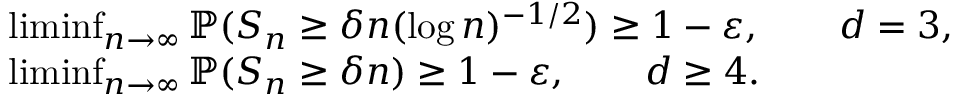
\begin{array} { r l } & { \operatorname* { l i m i n f } _ { n \to \infty } \operatorname { \mathbb { P } } ( S _ { n } \geq \delta n ( \log n ) ^ { - 1 / 2 } ) \geq 1 - \varepsilon , \qquad d = 3 , } \\ & { \operatorname* { l i m i n f } _ { n \to \infty } \operatorname { \mathbb { P } } ( S _ { n } \geq \delta n ) \geq 1 - \varepsilon , \qquad d \geq 4 . } \end{array}